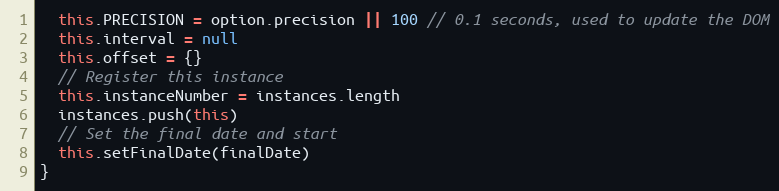
Language: JavaScript
  this.PRECISION = option.precision || 100 // 0.1 seconds, used to update the DOM
  this.interval = null
  this.offset = {}
  // Register this instance
  this.instanceNumber = instances.length
  instances.push(this)
  // Set the final date and start
  this.setFinalDate(finalDate)
}